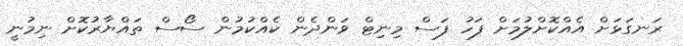
ރަނގަޅަށް އެއްކޮށްލުމަށް ފަހު ފަސް މިނިޓް ވަންދެން ކެއްކުމުން ސޯސް ތައްޔާރުކޮށް ނިމުނީ